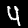
Label: 4